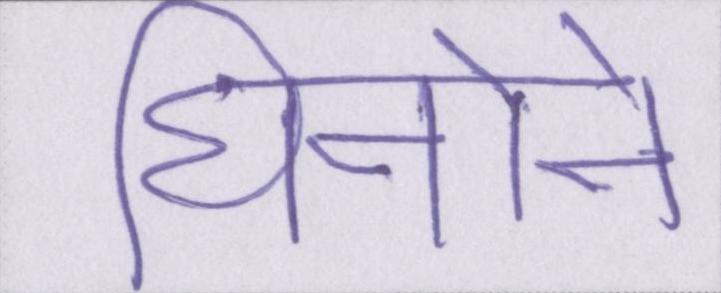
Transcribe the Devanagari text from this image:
घिनोने